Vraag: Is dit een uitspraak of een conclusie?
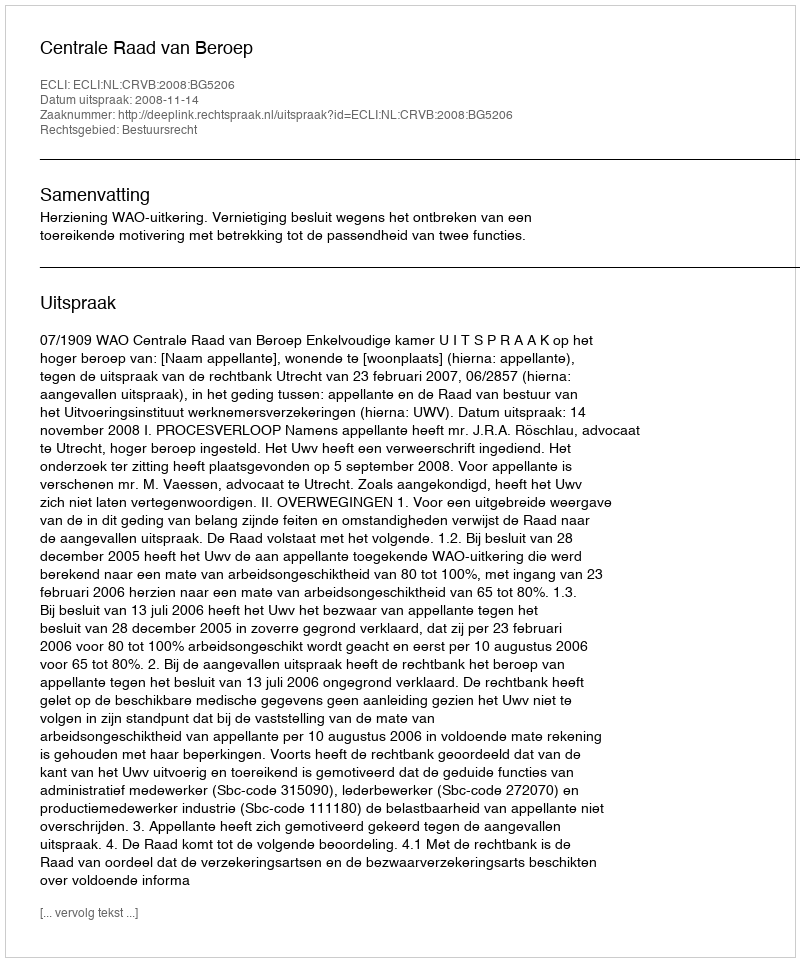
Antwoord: Uitspraak